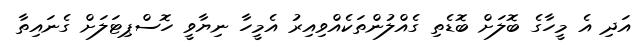
އަދި އެ މީހާގެ ބޮލަށް ބޮޑެތި ގެއްލުންތަކެއްވިއިރު އެމީހާ ނިޔާވީ ހޮސްޕިޓަލަށް ގެނައިތާ